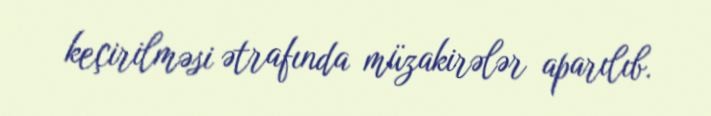
keçirilməsi ətrafında müzakirələr aparılıb.